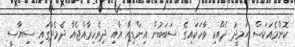
ކޮންމެއަކަސް ޙަމީދު ދެއްކި ވާހަކައިގެ ސަބަބުން އިންޑިއާ އާއި ދިވެހިރާއްޖެއާ ދެމެދުގައި ސިޔާސީ